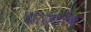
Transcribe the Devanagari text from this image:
पारमरिक